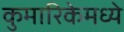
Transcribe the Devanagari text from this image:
कुमारिकेमध्ये